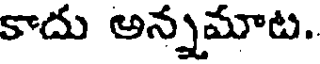
కాదు అన్నమాట.